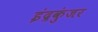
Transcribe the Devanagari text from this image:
इंद्रकुंजर